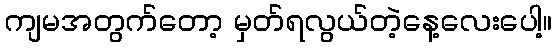
ကျမအတွက်တော့ မှတ်ရလွယ်တဲ့နေ့လေးပေါ့။